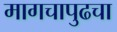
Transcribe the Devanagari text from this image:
मागचापुढचा